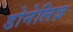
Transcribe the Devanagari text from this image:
डोनेलिज़